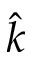
\hat { k }